Vaccination in Bombay 1924-1928 - 1924-1928
Year: 1924
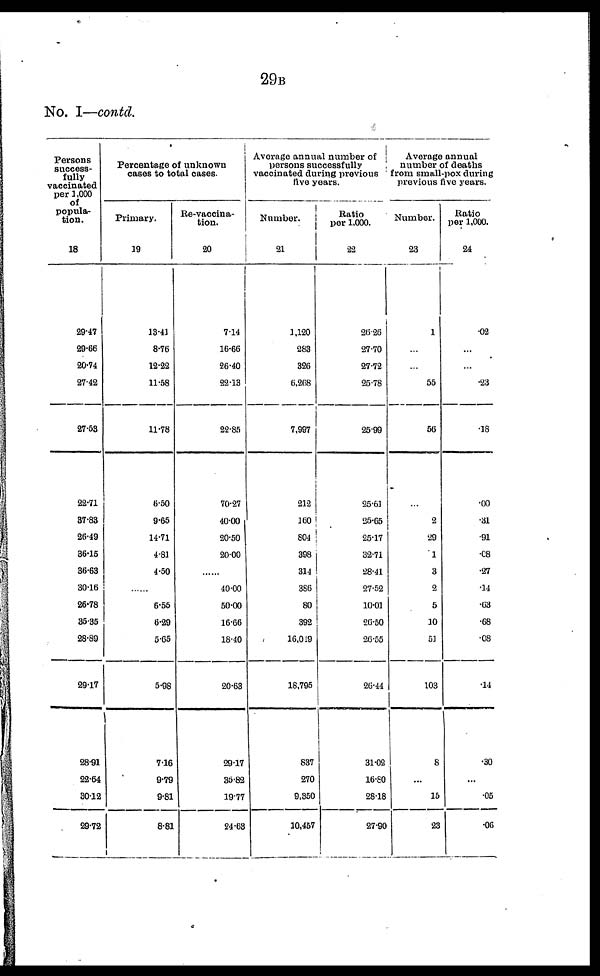
29B
No. I—contd.
Persons
success-
fully
vaccinated
per 1,000
of
popula-
tion.
18
29.47
29.66
20.74
27.42
27.53
22.71
87.83
26.49
36.15
36.63
30.16
26.78
35.35
28.89
29.17
28.91
22.64
30.12
29.72
Percentage of unknown
cases to total cases.
Primary.
19
13.41
8.76
12.22
11.58
11.78
6.50
9.65
14.71
4.81
4.50
......
6.55
6.29
5.65
5.98
7.16
9.79
9.81
8.81
Re-vaccina-
tion.
20
7.14
16.66
26.40
22.13
22.85
70.27
40.00
20.50
20.00
......
40.00
50.00
16.66
18.40
20.63
29.17
35.82
19.77
24.63
Average annual number of
persons successfully
vaccinated during previous
five years.
Number.
21
1,120
283
326
6,268
7,997
212
160
804
398
314
386
80
392
16,019
18,795
837
270
9,350
10,457
Ratio
per 1,000.
22
26.26
27.70
27.72
25.78
25.99
25.61
25.65
25.17
32.71
28.41
27.52
10.01
26.50
26.55
26.44
31.02
16.80
26.18
27.90
Average annual
number of deaths
from small-pox during
previous five years.
Number.
23
1
...
...
55
56
...
2
29
1
3
2
5
10
51
103
8
...
15
23
Ratio
per 1,000.
24
.02
...
...
.23
.18
.00
.31
.91
.08
.27
.14
.63
.68
.08
.14
.30
...
.05
.06